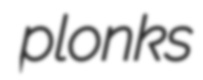
plonks